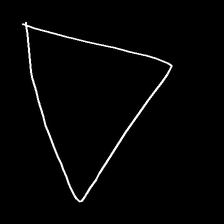
Glyph: convergence